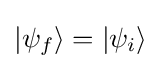
|\psi _{f}\rangle =|\psi _{i}\rangle